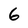
Character: 6